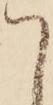
て